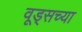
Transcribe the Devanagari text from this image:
वूड्सच्या